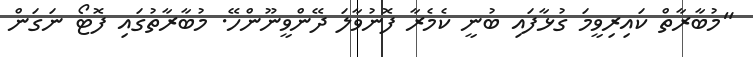
"މުބާރާތް ކައިރިވީމަ ގުޅާފައި ބުނީ ކެމެރާ ފޮނުވާލަ ދޭންވީނޫންހޭ. މުބާރާތުގައި ފޮޓޯ ނަގަން